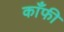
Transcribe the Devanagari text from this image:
काँफी